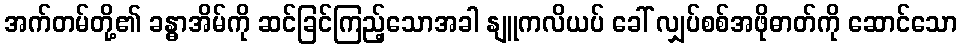
အက်တမ်တို့၏ ခန္ဓာအိမ်ကို ဆင်ခြင်ကြည့်သောအခါ နျူကလိယပ် ခေါ် လျှပ်စစ်အဖိုဓာတ်ကို ဆောင်သော